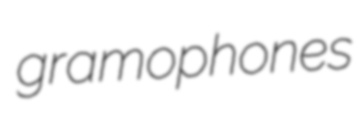
gramophones